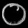
Digit: ၀